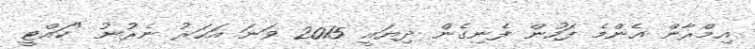
އިމްރާން އެންމެ ފަހުން ފެނިގެން ދިޔައީ 2015 ވަނަ އަހަރު ނެރުނު "ކައްޓީ